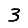
Digit: 3